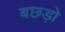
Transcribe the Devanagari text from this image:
बछड़ो